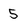
Character: 5